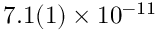
7 . 1 ( 1 ) \times 1 0 ^ { - 1 1 }